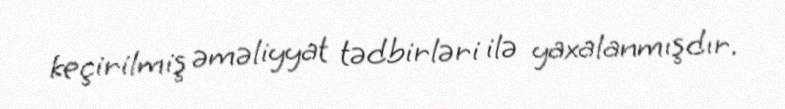
keçirilmiş əməliyyat tədbirləri ilə yaxalanmışdır.